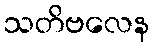
သတိဗလေန